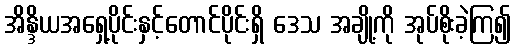
အိန္ဒိယအရှေ့ပိုင်းနှင့်တောင်ပိုင်းရှိ ဒေသ အချို့ကို အုပ်စိုးခဲ့ကြ၍